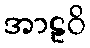
အာဠဝိ